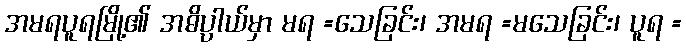
အမရပူရမြို့၏ အဓိပ္ပါယ်မှာ မရ =သေခြင်း၊ အမရ =မသေခြင်း၊ ပူရ =